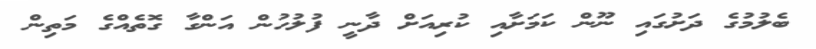
ބެލުމުގެ ދަށުގައި ނޫން ކަމަށާއި ކުރިއަށް ދާނީ ފުލުހުން އަންގާ ގޮތެއްގެ މަތިން